system: You are a helpful assistant.
user:
Analyze the provided spectrum to determine if it is a **M-type Giant (gM)**.

A M-type Giant spectrum is defined by its **strong molecular absorption** features, particularly from **Titanium Oxide (TiO)**. You must check for one of the following mutually exclusive signatures:

- **Key Visual Indicators (Absorption-Dominated Spectrum):**

    - **(Primary):** The spectrum is dominated by strong molecular absorption from **Titanium Oxide (TiO)**. This is the **defining feature** of its M-type temperature class.
        - **(Key Bandheads):** Look for sharp, "saw-tooth" absorption valleys. The strongest are located near **~7050 Å**, **~6160 Å**, and **~5170 Å**.
        - **(Line Profile):** The "saw-tooth" morphology is critical: a **sharp, steep drop on the BLUE (short-wavelength) side** of the bandhead, followed by a gradual recovery (rising flux) towards the RED (long-wavelength) side.

    - **(Key Confirmation - Giant vs. Dwarf):** **ABSENCE** of strong **Calcium Hydride (CaH)** molecular bands. This is the primary diagnostic for *excluding* M-dwarfs.
        - **(Key Region):** The spectrum should lack the strong, broad absorption band seen in dwarfs between **~6800 Å and ~7000 Å**.

    - **(Secondary Confirmation - Giant):** A very strong and broad **Neutral Calcium (Ca I)** atomic absorption line.
        - **(Key Line):** Located at **~4226 Å**. In a giant (gM), this line is significantly deeper and broader than the same line in an M-dwarf (dM) due to low surface gravity.

    - **(Overall Spectrum):**
        - The continuum is **extremely red-sloping** (i.e., flux is very low in the blue and rises dramatically towards the red).
        - The entire spectrum appears "chopped up" by the deep TiO bands.

Think first, call **spectral_visualization_tool** if needed to examine features in detail, then provide your final answer. Your response must adhere to the following strict rules:
1.  **Overall Structure:** Your response must follow the format `<think>...</think> <tool_call>...</tool_call> (if a tool is used) <answer>...</answer>`.
2.  **Tool Usage Constraint:** You may only make **one** tool call per turn.
3.  **Final Answer Format:** In the `<answer>` tag, your conclusion must be inside a `\boxed{}` command (e.g., `\boxed{YES}` or `\boxed{NO}`), followed by your justification.

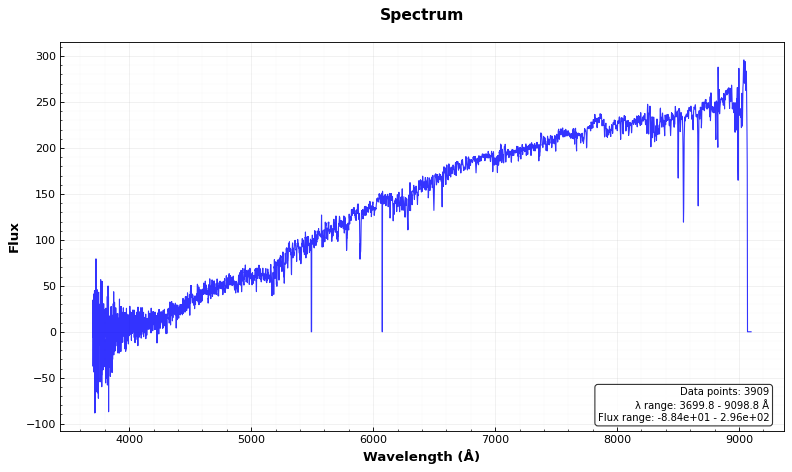
Answer: NO